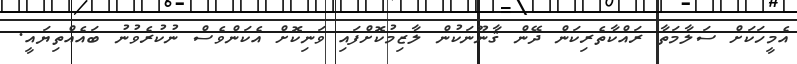
އެމީހަކަށް ސަލާމަތާ ރައްކާތެރިކަން ދޭން ޤާނޫނަކުން ލާޒިމުކޮށްފައި ވަނިކޮށް އެކަންވެސް ނުކުރެވުނު ބައެއްތިޔައީ.